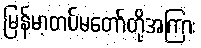
မြန်မာ့တပ်မတော်တို့အကြား